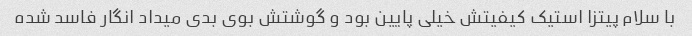
با سلام پیتزا استیک کیفیتش خیلی پایین بود و گوشتش بوی بدی میداد انگار فاسد شده